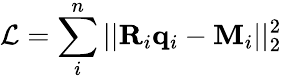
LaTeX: \mathcal{L}=\sum_{i}^{n}||\mathbf{R}_{i}\mathbf{q}_{i}-\mathbf{M}_{i}||_{2}^{2}